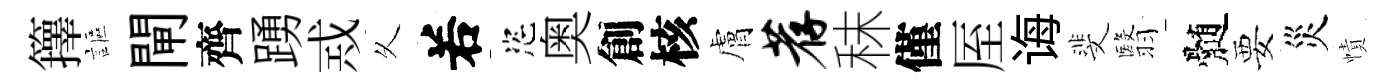
籜謳閘齊踴𢦶乆𠰥恣奥創核膚荐秣僅厔诲斐翳髄要災幘